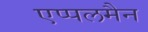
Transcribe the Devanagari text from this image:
एप्पलमैन